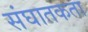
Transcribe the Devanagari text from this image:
संघातकता